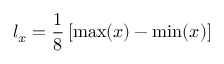
l _ { x } = \frac { 1 } { 8 } \left[ \operatorname* { m a x } ( x ) - \operatorname* { m i n } ( x ) \right]